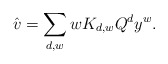
\begin{align*}\hat{v} = \sum_{d,w}w K_{d,w}Q^d y^w.\end{align*}